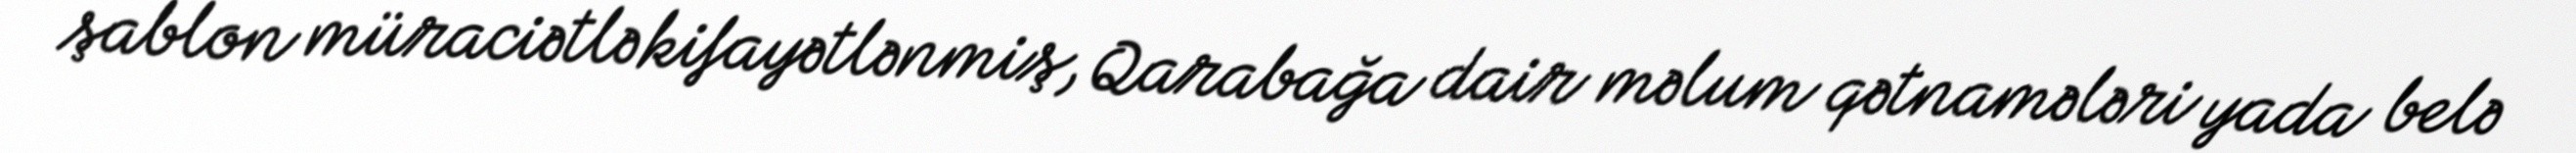
şablon müraciətlə kifayətlənmiş, Qarabağa dair məlum qətnamələri yada belə